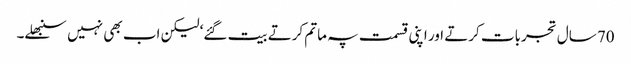
70 سال تجربات کرتے اور اپنی قسمت پہ ماتم کرتے بیت گئے‘ لیکن اب بھی نہیں سنبھلے۔